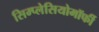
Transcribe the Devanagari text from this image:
सिम्प्लेसियोमॉर्फी